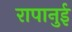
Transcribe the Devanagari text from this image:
रापानुई